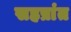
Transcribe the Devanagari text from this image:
सहप्रांत